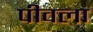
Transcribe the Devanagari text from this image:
पीवला